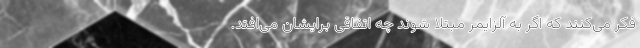
فکر می‌کنند که اگر به آلزایمر مبتلا شوند چه اتفاقی برایشان می‌افتد.